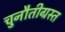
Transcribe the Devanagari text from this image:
चुनौतीग्रस्त